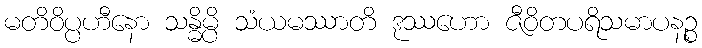
မတိဝိပ္ပဟီနော သန္ဓိမ္ပိ သံယမဿာတိ ဒုဿဟော ဇီဝိတပရိသမာပနဉ္စ